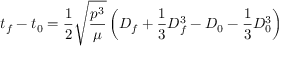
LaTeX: t _ { f } - t _ { 0 } = { \frac { 1 } { 2 } } { \sqrt { \frac { p ^ { 3 } } { \mu } } } \left( D _ { f } + { \frac { 1 } { 3 } } D _ { f } ^ { 3 } - D _ { 0 } - { \frac { 1 } { 3 } } D _ { 0 } ^ { 3 } \right)